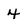
Character: 4